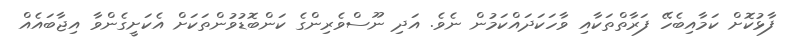
ފާޅުކޮށް ކަމާއިބެހޭ ފަރާތްތަކާއި ވާހަކަދައްކަމުން ނެވެ. އަދި ނޫސްވެރިންގެ ކަންބޮޑުވުންތަކަށް އެކަށީގެންވާ އިޖާބައެއް